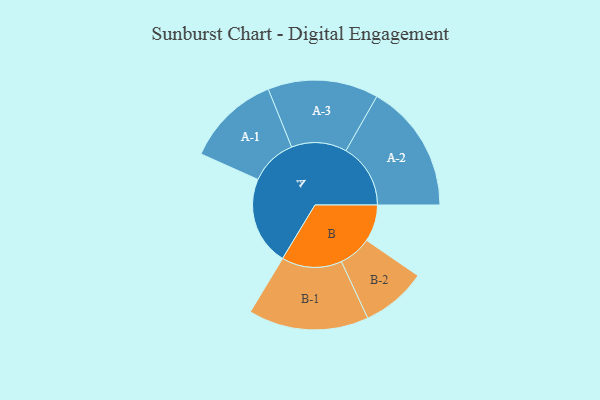
{"axis": {"x": "Segment", "y": "Value"}, "legend": ["", "A", "B"], "data": [{"x": "A", "y": 342, "type": ""}, {"x": "B", "y": 142, "type": ""}, {"x": "A-1", "y": 181, "type": "A"}, {"x": "A-2", "y": 249, "type": "A"}, {"x": "A-3", "y": 213, "type": "A"}, {"x": "B-1", "y": 232, "type": "B"}, {"x": "B-2", "y": 126, "type": "B"}]}